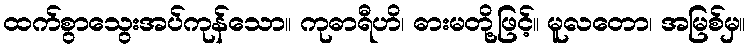
ထက်စွာသွေးအပ်ကုန်သော။ ကုဓာရီဟိ၊ ဓားမတို့ဖြင့်။ မူလတော၊ အမြစ်မှ။